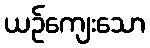
ယဉ်ကျေးသော